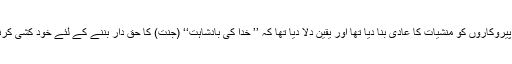
اُس نے اپنے پَیروکاروں کو منشیات کا عادی بنا دیا تھا اور یقین دِلا دیا تھا کہ ’’ خُدا کی بادشاہت‘‘ (جنت) کا حق دار بننے کے لئے خود کُشی کرنا عبادت ہے۔